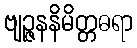
ဗျဉ္ဇနနိမိတ္တဓရာ